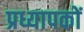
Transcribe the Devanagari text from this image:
प्रध्यापकों